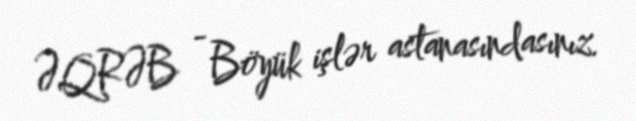
ƏQRƏB - Böyük işlər astanasındasınız.